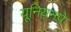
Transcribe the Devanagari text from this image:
यूनियनपे